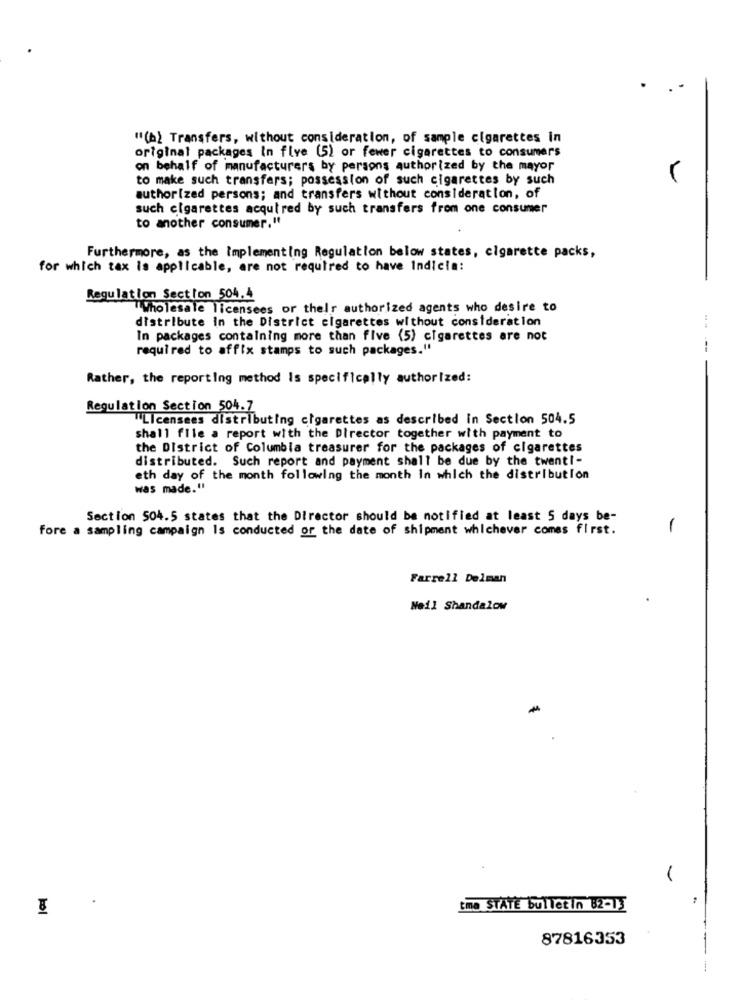
..
"(b) Transfers, without consideration, of sample cigarettes in
original packages In five (5) or fewer cigarettes to consumers
on behalf of manufacturers by persons authorized by the mayor
to make such transfers; possession of such cigarettes by such
authorized persons; and transfers without consideration, of
such cigarettes acquired by such transfers from one consumer
to another consumer."
Furthermore, as the Implementing Regulation below states, cigarette packs,
for which tax is applicable, are not required to have Indicia:
Regulation Section 504,4
Wholesale licensees or their authorized agents who desire to
distribute in the District cigarettes without consideration
In packages containing more than five (5) cigarettes are not
required to affix stamps to such packages."
---
Rather, the reporting method Is specifically authorized:
Regulation Section 504.7
Licensees distributing cigarettes as described in Section 504.5
shall file a report with the Director together with payment to
the District of Columbia treasurer for the packages of cigarettes
distributed. Such report and payment shall be due by the twenti-
eth day of the month following the month In which the distribution
was made."
Section 504.5 states that the Director should be notified at least 5 days be-
fore a sampling campaign Is conducted of the date of shipment whichever comes first.
1
Farrell Delman
Neil Shandalow
1
tmo STÁTĚ bulletin 82-13
87816353